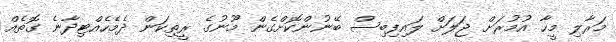
މަރާލި މީހާ އުމުރަށް ޖަލަށް ލައިފިބިސް ބޭނުންކޮށްގެން މޫނުގެ ރީތިކަން ދެމެހެއްޓިދާނެ ގޮތެއް